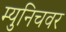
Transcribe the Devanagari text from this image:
म्युनिचवर